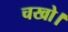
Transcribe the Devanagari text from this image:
चखो।